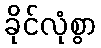
ခိုင်လုံစွာ